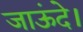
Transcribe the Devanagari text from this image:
जाऊंदे।